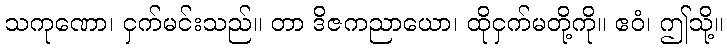
သကုဏော၊ ငှက်မင်းသည်။ တာ ဒိဇကညာယော၊ ထိုငှက်မတို့ကို။ ဧဝံ၊ ဤသို့။